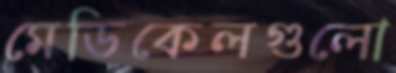
মেডিকেলগুলো